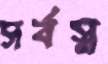
সর্বস্ব